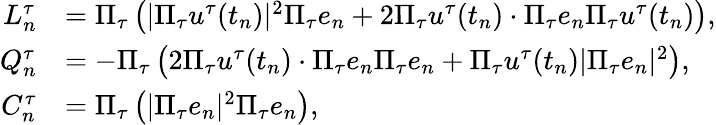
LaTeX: \begin{array}{rl}{L_{n}^{\tau}}&{=\Pi_{\tau}\left(|\Pi_{\tau}u^{\tau}(t_{n})|^{2}\Pi_{\tau}e_{n}+2\Pi_{\tau}u^{\tau}(t_{n})\cdot\Pi_{\tau}e_{n}\Pi_{\tau}u^{\tau}(t_{n})\right),}\\ {Q_{n}^{\tau}}&{=-\Pi_{\tau}\left(2\Pi_{\tau}u^{\tau}(t_{n})\cdot\Pi_{\tau}e_{n}\Pi_{\tau}e_{n}+\Pi_{\tau}u^{\tau}(t_{n})|\Pi_{\tau}e_{n}|^{2}\right),}\\ {C_{n}^{\tau}}&{=\Pi_{\tau}\left(|\Pi_{\tau}e_{n}|^{2}\Pi_{\tau}e_{n}\right),}\end{array}